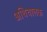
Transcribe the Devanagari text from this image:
अथिचालक